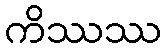
ကိဿဿ